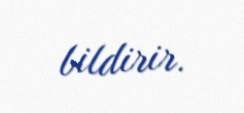
bildirir.